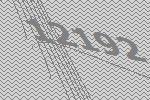
12192